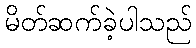
မိတ်ဆက်ခဲ့ပါသည်